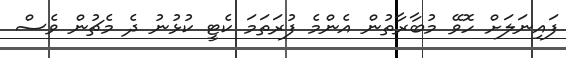
ފައިނަލަށް ހޮވޭ މުބާރާތުން އެންމެ ފުރަތަމަ ކެޓީ ކުޅުނު ދެ މެޗުން ވެސް